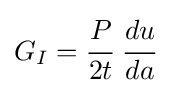
G_{I}={\cfrac {P}{2t}}~{\cfrac {du}{da}}